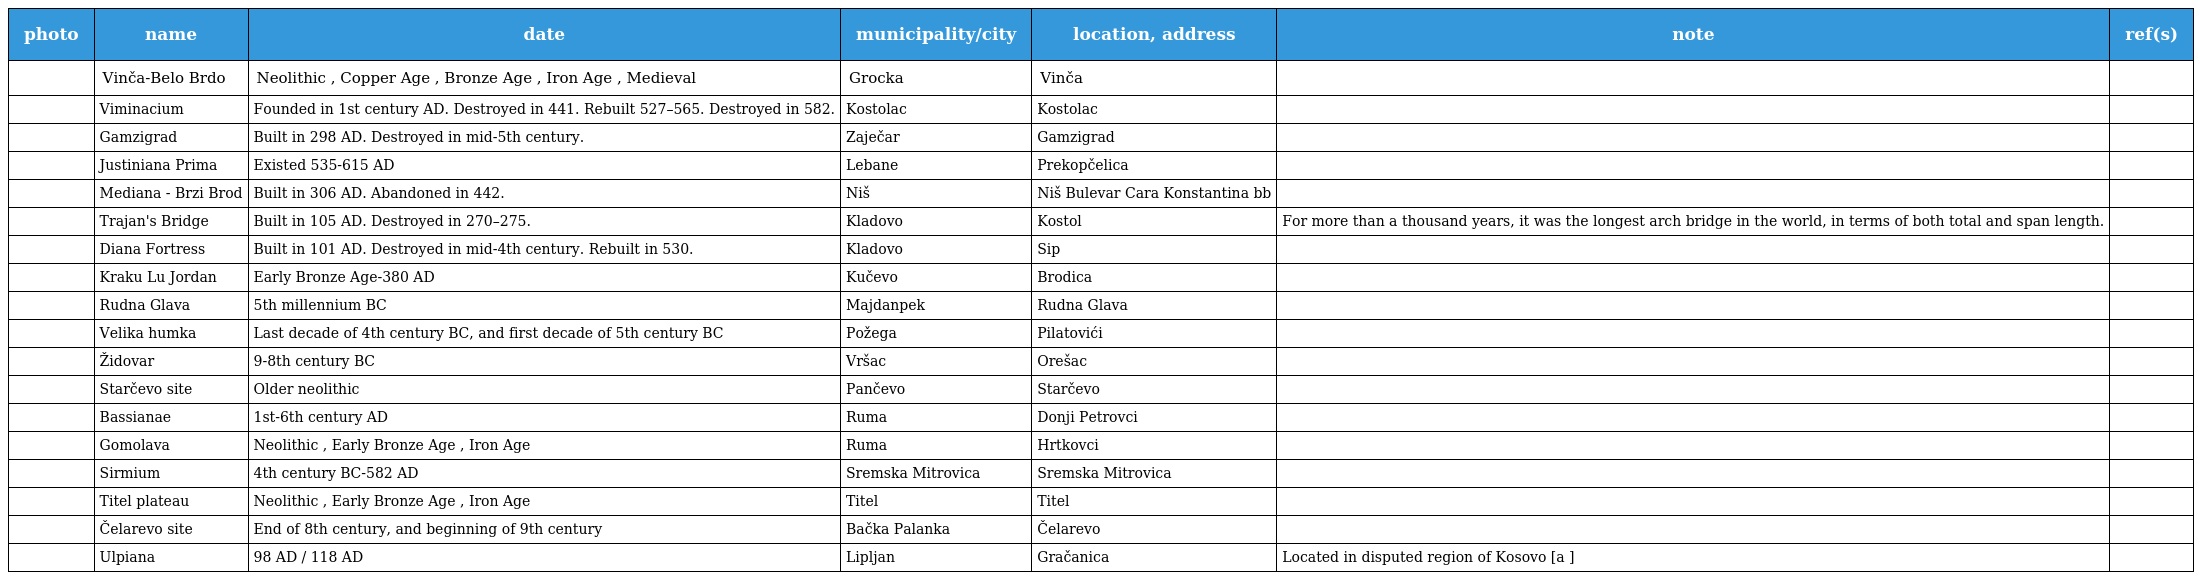
| photo | name | date | municipality/city | location, address | note | ref(s) |
 | --- | --- | --- | --- | --- | --- | --- |
 |  | Vinča-Belo Brdo | Neolithic , Copper Age , Bronze Age , Iron Age , Medieval | Grocka | Vinča |  |  |
 |  | Viminacium | Founded in 1st century AD. Destroyed in 441. Rebuilt 527–565. Destroyed in 582. | Kostolac | Kostolac |  |  |
 |  | Gamzigrad | Built in 298 AD. Destroyed in mid-5th century. | Zaječar | Gamzigrad |  |  |
 |  | Justiniana Prima | Existed 535-615 AD | Lebane | Prekopčelica |  |  |
 |  | Mediana - Brzi Brod | Built in 306 AD. Abandoned in 442. | Niš | Niš Bulevar Cara Konstantina bb |  |  |
 |  | Trajan's Bridge | Built in 105 AD. Destroyed in 270–275. | Kladovo | Kostol | For more than a thousand years, it was the longest arch bridge in the world, in terms of both total and span length. |  |
 |  | Diana Fortress | Built in 101 AD. Destroyed in mid-4th century. Rebuilt in 530. | Kladovo | Sip |  |  |
 |  | Kraku Lu Jordan | Early Bronze Age-380 AD | Kučevo | Brodica |  |  |
 |  | Rudna Glava | 5th millennium BC | Majdanpek | Rudna Glava |  |  |
 |  | Velika humka | Last decade of 4th century BC, and first decade of 5th century BC | Požega | Pilatovići |  |  |
 |  | Židovar | 9-8th century BC | Vršac | Orešac |  |  |
 |  | Starčevo site | Older neolithic | Pančevo | Starčevo |  |  |
 |  | Bassianae | 1st-6th century AD | Ruma | Donji Petrovci |  |  |
 |  | Gomolava | Neolithic , Early Bronze Age , Iron Age | Ruma | Hrtkovci |  |  |
 |  | Sirmium | 4th century BC-582 AD | Sremska Mitrovica | Sremska Mitrovica |  |  |
 |  | Titel plateau | Neolithic , Early Bronze Age , Iron Age | Titel | Titel |  |  |
 |  | Čelarevo site | End of 8th century, and beginning of 9th century | Bačka Palanka | Čelarevo |  |  |
 |  | Ulpiana | 98 AD / 118 AD | Lipljan | Gračanica | Located in disputed region of Kosovo [a ] |  |